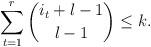
LaTeX: \begin{align*}\sum_{t=1}^r \binom{i_t+l-1}{l-1} \leq k. \end{align*}